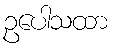
ဥပေါသထာ